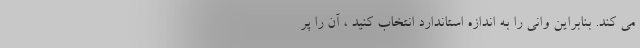
می کند. بنابراین وانی را به اندازه استاندارد انتخاب کنید ، آن را پر